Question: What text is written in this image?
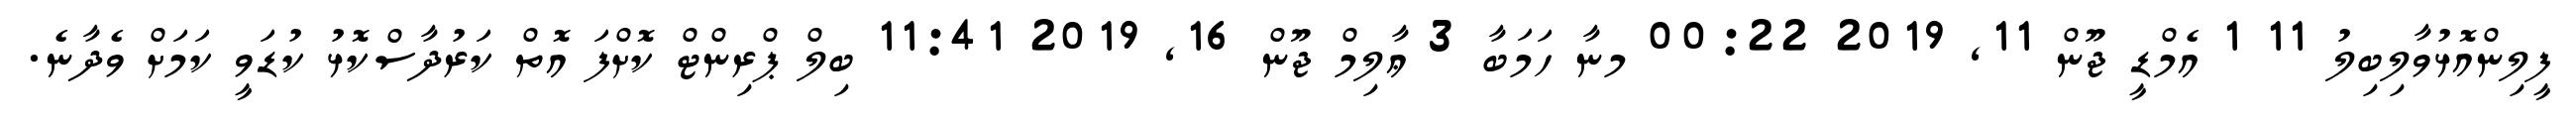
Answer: ފީލިންއޮޅުވާލިބިލު 11 1 އެމްޑީ ޖޫން 11, 2019 00:22 މނާ ހަމަބާ 3 ޢާލިމް ޖޫން 16, 2019 11:41 ބިލް ޕްރިންޓް ކޮށްފަ އޮތް ކަރުދާސްކޮޅު ކުޑަވީ ކަމަށް ވެދާނެ.